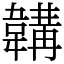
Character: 韝